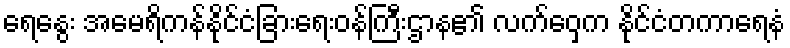
ရေနွေး အမေရိကန်နိုင်ငံခြားရေးဝန်ကြီးဌာန၏ လက်ဝှေ့က နိုင်ငံတကာရေနံ